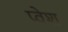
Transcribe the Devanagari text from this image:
प्वेश